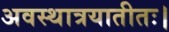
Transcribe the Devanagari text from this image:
अवस्थात्रयातीतः।